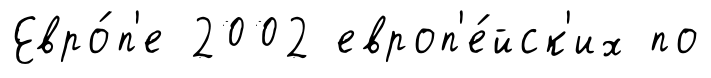
Евро́п'е 2002 европ'е́йск'их по